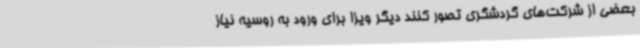
بعضی از شرکت‌های گردشگری تصور کنند دیگر ویزا برای ورود به روسیه نیاز